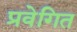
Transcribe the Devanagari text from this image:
प्रवेगित